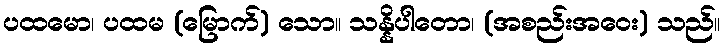
ပထမော၊ ပထမ (မြောက်) သော။ သန္နိပါတော၊ (အစည်းအဝေး) သည်။